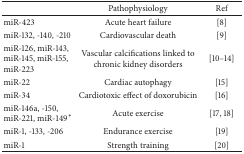
|  | Pathophysiology | Ref |
 | --- | --- | --- |
 | miR-423 | Acute heart failure | [8] |
 | miR-132, -140, -210 | Cardiovascular death | [9] |
 | miR-126, miR-143, miR-145, miR-155, miR-223 | Vascular calcifications linked to chronic kidney disorders | [10–14] |
 | miR-22 | Cardiac autophagy | [15] |
 | miR-34 | Cardiotoxic effect of doxorubicin | [16] |
 | miR-146a, -150, miR-221, miR-149∗ | Acute exercise | [17, 18] |
 | miR-1, -133, -206 | Endurance exercise | [19] |
 | miR-1 | Strength training | [20] |